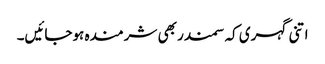
اتنی گہری کہ سمندر بھی شرمندہ ہوجائیں۔